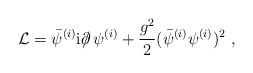
\begin{align*}{\cal L}= \bar{\psi}^{(i)} {\rm i} \partial \!\!\!/ \, \psi^{(i)} +\frac{g^2}{2} (\bar{\psi}^{(i)}\psi^{(i)})^2 \ ,\end{align*}